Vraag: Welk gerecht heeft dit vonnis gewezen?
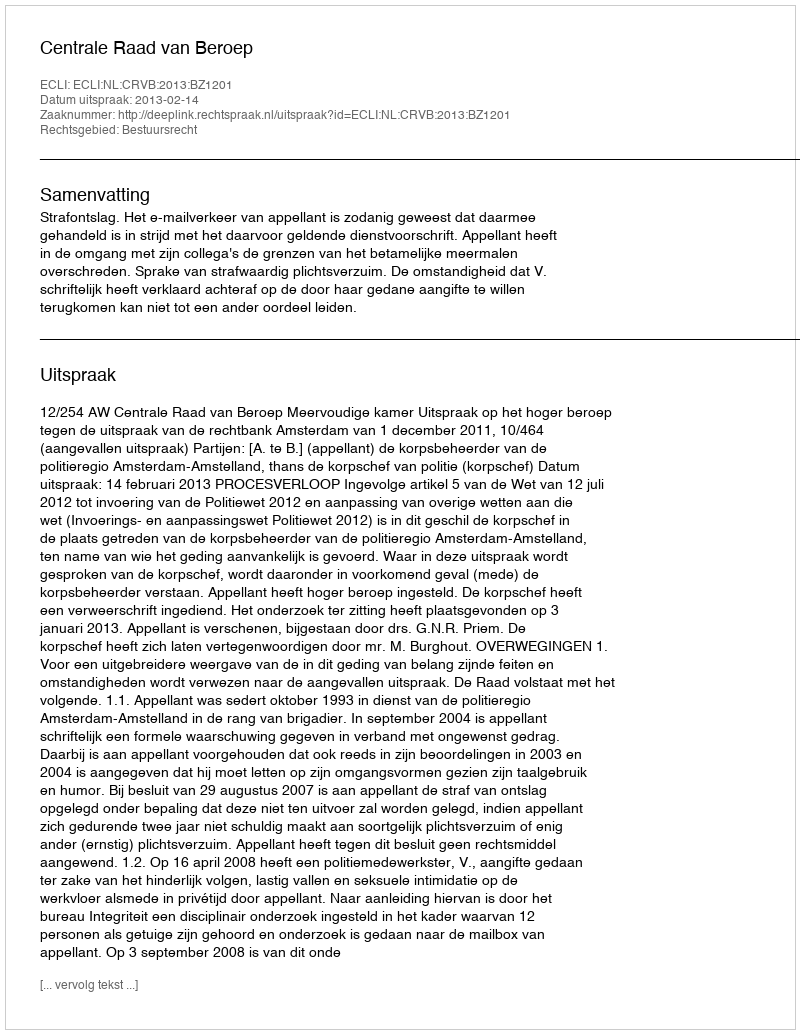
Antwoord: Centrale Raad van Beroep